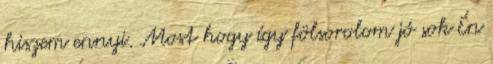
hiszem ennyi. Most hogy így fölsorolom jó sok Én